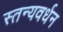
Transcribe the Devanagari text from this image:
स्तन्यवर्धन